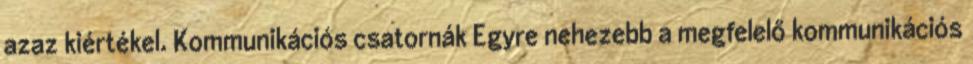
azaz kiértékel. Kommunikációs csatornák Egyre nehezebb a megfelelő kommunikációs